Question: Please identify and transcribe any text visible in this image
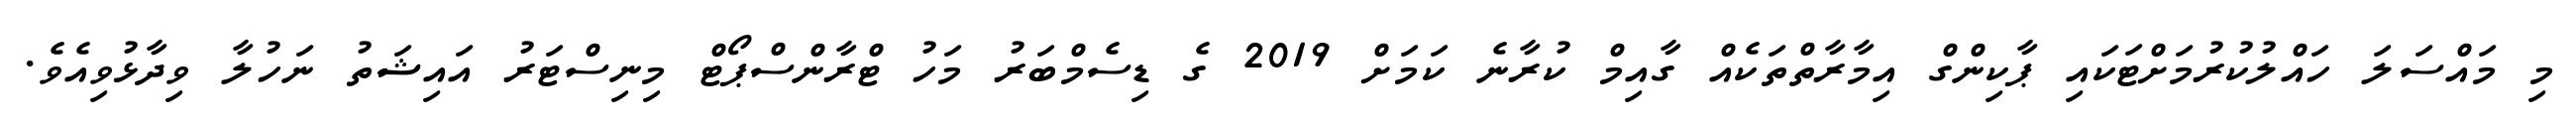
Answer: މި މައްސަލަ ހައްލުކުރުމަށްޓަކައި ޕާކިންގް އިމާރާތްތަކެއް ގާއިމް ކުރާނެ ކަމަށް 2019 ގެ ޑިސެމްބަރު މަހު ޓްރާންސްޕޯޓް މިނިސްޓަރު އައިޝަތު ނަހުލާ ވިދާޅުވިއެވެ.